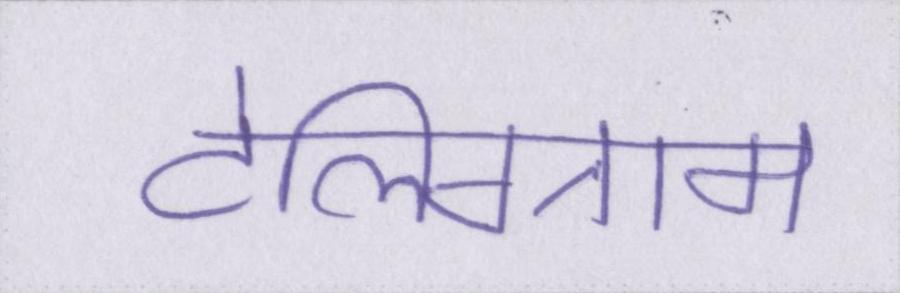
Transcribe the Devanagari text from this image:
टेलिग्राम